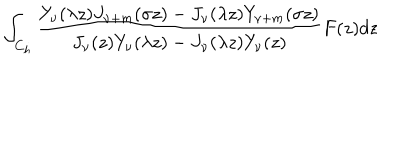
\int _ { C _ { h } } { \frac { Y _ { \nu } ( \lambda z ) J _ { \nu + m } ( \sigma z ) - J _ { \nu } ( \lambda z ) Y _ { \nu + m } ( \sigma z ) } { J _ { \nu } ( z ) Y _ { \nu } ( \lambda z ) - J _ { \nu } ( \lambda z ) Y _ { \nu } ( z ) } F ( z ) d z }